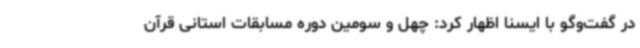
در گفت‌وگو با ایسنا اظهار کرد: چهل و سومین دوره مسابقات استانی قرآن